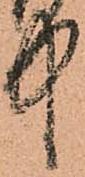
中